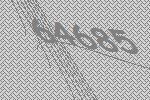
64685